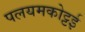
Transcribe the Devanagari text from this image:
पलयमकोट्टई